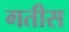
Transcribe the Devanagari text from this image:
गतीस